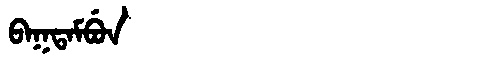
Manchu: ᠪᠠᡴᡨᠠᠮᠪᡠᠨ
Romanization: BAKTAMBUN